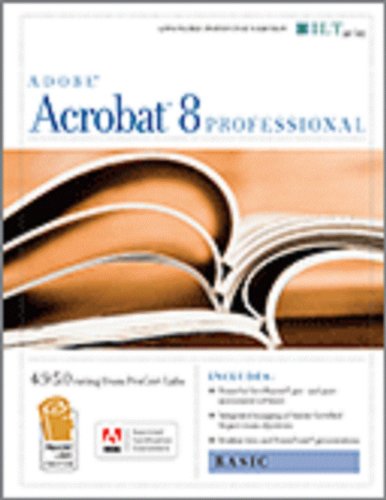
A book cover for Acrobat 8 Professional: Basic, Ace Edition + Certblaster, Student Manual with Data (ILT); Axzo Press; Computers & Technology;